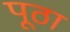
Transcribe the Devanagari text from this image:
पूठा